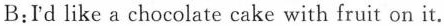
B:Id like a chocolate cake with fruit on it.